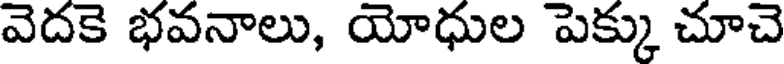
వెదకె భవనాలు, యోధుల పెక్కు చూచె